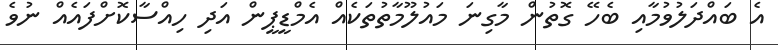
އެ ބައްދަލުވުމާއި ބެހޭ ގޮތުން މާގިނަ މައުލޫމާތުތަކެއް އެމްޑީޕީން އަދި ހިއްސާކޮށްފައެއް ނުވެ